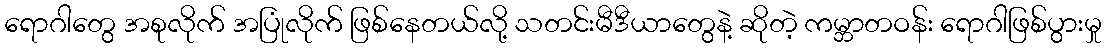
ရောဂါတွေ အစုလိုက် အပြုံလိုက် ဖြစ်နေတယ်လို့ သတင်းမီဒီယာတွေနဲ့ ဆိုတဲ့ ကမ္ဘာတဝန်း ရောဂါဖြစ်ပွားမှု